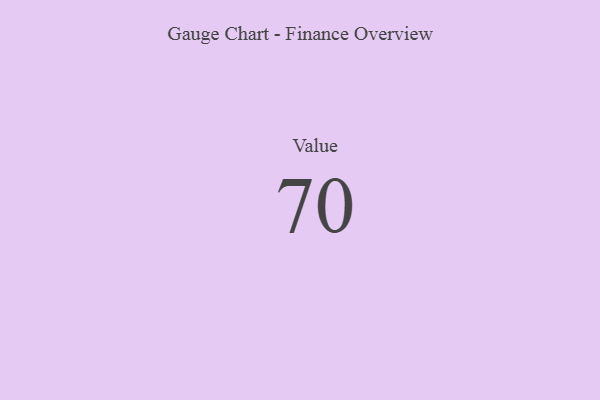
{"axis": {"x": "Metric", "y": "Value"}, "legend": [""], "data": [{"x": "Value", "y": 70, "type": ""}]}